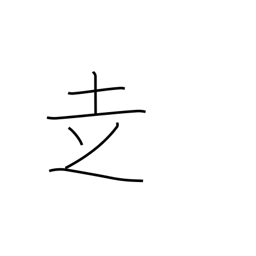
Meaning: go on foot